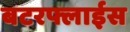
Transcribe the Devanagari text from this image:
बटरफ्लाईस